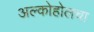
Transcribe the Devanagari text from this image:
अल्कोहोलचा